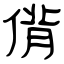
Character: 偝